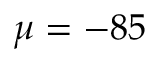
\mu = - 8 5